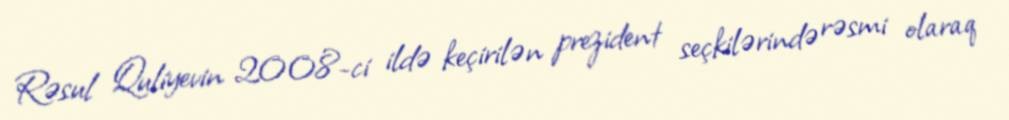
Rəsul Quliyevin 2008-ci ildə keçirilən prezident seçkilərində rəsmi olaraq